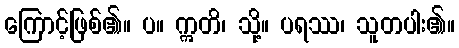
ကြောင့်ဖြစ်၏။ ပ။ ဣတိ၊ သို့။ ပရဿ၊ သူတပါး၏။